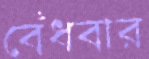
বেঁধবার